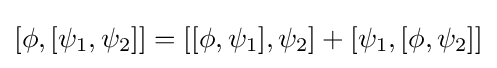
[\phi ,[\psi _{1},\psi _{2}]]=[[\phi ,\psi _{1}],\psi _{2}]+[\psi _{1},[\phi ,\psi _{2}]]